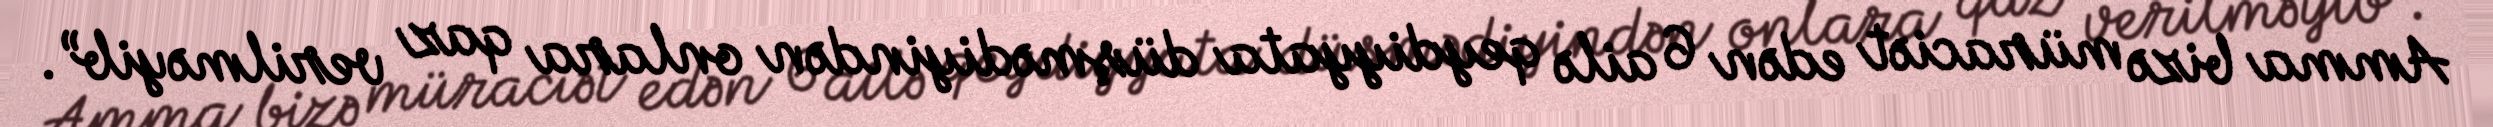
Amma bizə müraciət edən 6 ailə qeydiyyata düşmədiyindən onlara qaz verilməyib”.